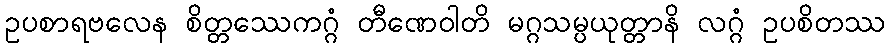
ဥပစာရဗလေန စိတ္တဿေကဂ္ဂံ တီဏေဝါတိ မဂ္ဂသမ္ပယုတ္တာနိ လဂ္ဂံ ဥပစိတဿ